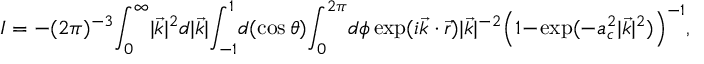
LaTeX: I = - ( 2 \pi ) ^ { - 3 } \! \int _ { 0 } ^ { \infty } \! | \vec { k } | ^ { 2 } d | \vec { k } | \! \int _ { - 1 } ^ { 1 } \! d ( \cos \theta ) \! \int _ { 0 } ^ { 2 \pi } \! d \phi \exp ( i \vec { k } \cdot \vec { r } ) | \vec { k } | ^ { - 2 } \! \left( 1 \! - \! \exp ( - a _ { c } ^ { 2 } | \vec { k } | ^ { 2 } ) \right) ^ { - 1 } \! ,